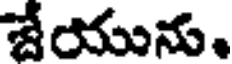
జేయును.